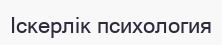
Іскерлік психология